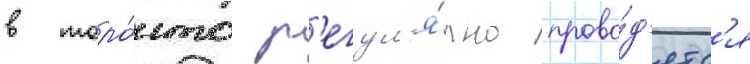
в торо́нто р'егул'я́рно прово́д'ятс'я